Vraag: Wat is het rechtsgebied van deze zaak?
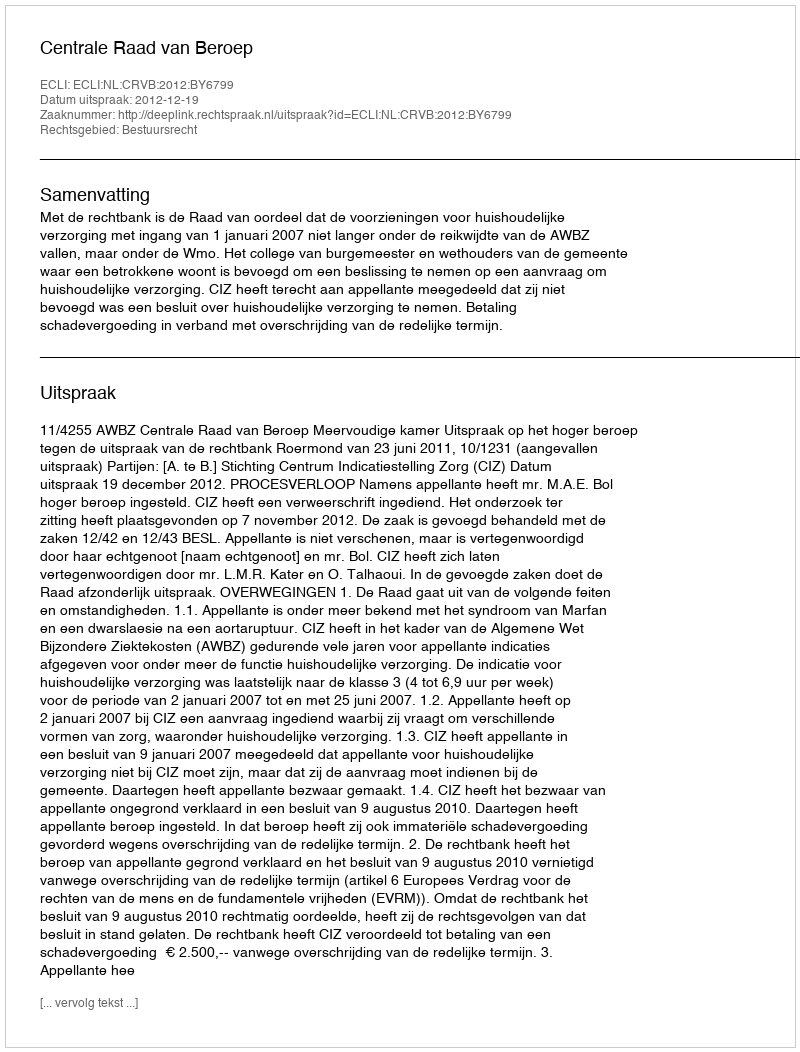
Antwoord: Bestuursrecht